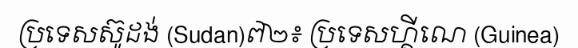
ប្រទេសស៊ូដង់ (Sudan)៧២៖ ប្រទេសហ្គីណេ (Guinea)